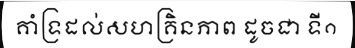
គាំទ្រដល់សហគ្រិនភាព ដូចជា ទី១